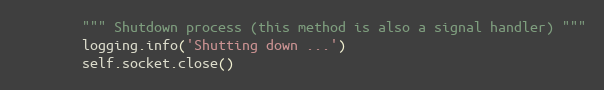
Language: Python
        """ Shutdown process (this method is also a signal handler) """
        logging.info('Shutting down ...')
        self.socket.close()